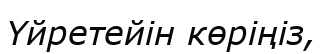
Үйретейін көріңіз,